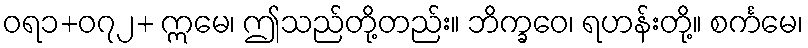
ဝရ၁+၀၇၂+ ဣမေ၊ ဤသည်တို့တည်း။ ဘိက္ခဝေ၊ ရဟန်းတို့။ စင်္ကမေ၊